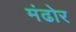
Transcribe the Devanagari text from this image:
मंढोर